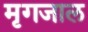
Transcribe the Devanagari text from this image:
मृगजाल